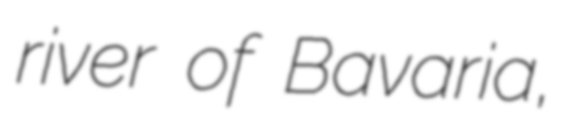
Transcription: river of Bavaria,